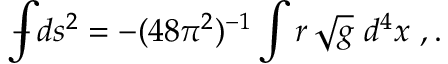
{ \int \! \! \! \! \! \! - } \, d s ^ { 2 } = - ( 4 8 \pi ^ { 2 } ) ^ { - 1 } \int r \, \sqrt { g } \ d ^ { 4 } x \ , .